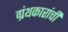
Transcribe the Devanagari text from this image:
ग्रंथकारांची